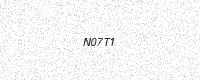
Text: N07T1